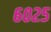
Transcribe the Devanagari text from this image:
६०२५